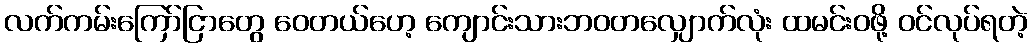
လက်ကမ်းကြော်ငြာတွေ ဝေတယ်ဟေ့ ကျောင်းသားဘဝတလျှောက်လုံး ထမင်းဝဖို့ ဝင်လုပ်ရတဲ့